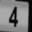
Digit: 4